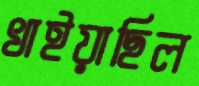
খাইয়াছিল